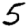
Digit: 5